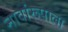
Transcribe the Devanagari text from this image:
नावांरूपाला